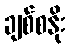
ချစ်စနိုး